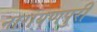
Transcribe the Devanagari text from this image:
नारायणपुरी